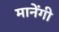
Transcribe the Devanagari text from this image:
मानेंगी